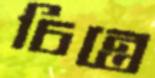
চিন্তে